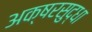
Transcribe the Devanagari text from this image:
अक्षरसुद्धा